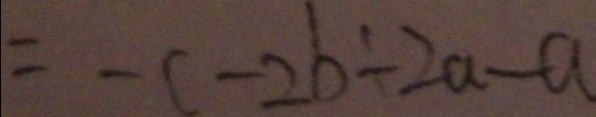
= - c - 2 b + 2 a - a